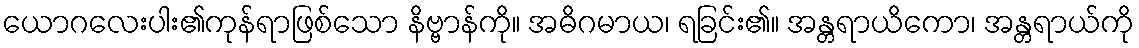
ယောဂလေးပါး၏ကုန်ရာဖြစ်သော နိဗ္ဗာန်ကို။ အဓိဂမာယ၊ ရခြင်း၏။ အန္တရာယိကော၊ အန္တရာယ်ကို